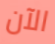
الآن